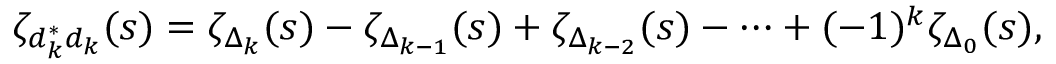
\zeta _ { d _ { k } ^ { * } d _ { k } } ( s ) = \zeta _ { \Delta _ { k } } ( s ) - \zeta _ { \Delta _ { k - 1 } } ( s ) + \zeta _ { \Delta _ { k - 2 } } ( s ) - \cdots + ( - 1 ) ^ { k } \zeta _ { \Delta _ { 0 } } ( s ) ,